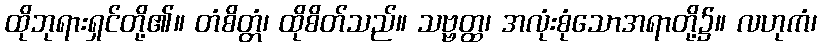
ထိုဘုရားရှင်တို့၏။ တံစိတ္တံ၊ ထိုစိတ်သည်။ သဗ္ဗတ္ထ၊ အလုံးစုံသောအရာတို့၌။ လဟုကံ၊